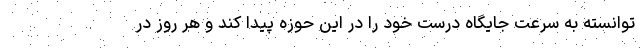
توانسته به سرعت جایگاه درست خود را در این حوزه پیدا کند و هر روز در